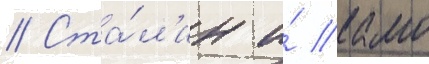
// Ста́л'ин и́ камо